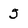
Character: 5